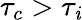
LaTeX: \tau_{c}>\tau_{\mathit{i}}